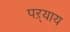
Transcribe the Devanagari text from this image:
पऱ्याय